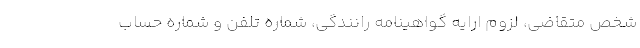
شخص متقاضی، لزوم ارایه گواهینامه رانندگی، شماره تلفن و شماره حساب